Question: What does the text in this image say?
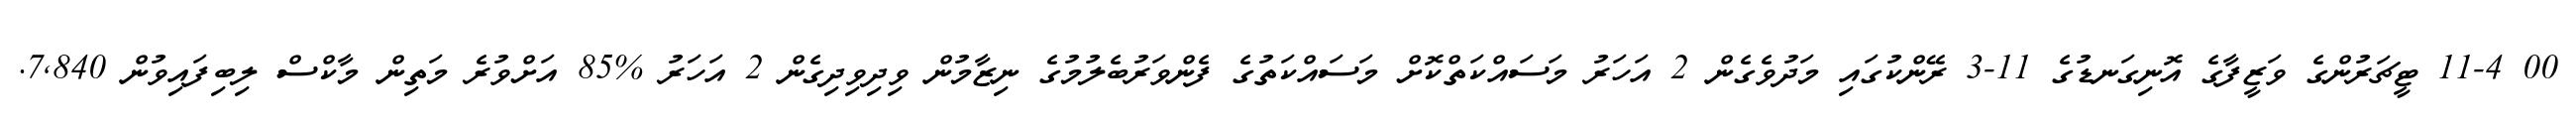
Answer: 00 11-4 ޓީޗަރުންގެ ވަޒީފާގެ އޮނިގަނޑުގެ 11-3 ރޭންކުގައި މަދުވެގެން 2 އަހަރު މަސައްކަތްކޮށް މަސައްކަތުގެ ފެންވަރުބެލުމުގެ ނިޒާމުން ވިދިވިދިގެން 2 އަހަރު %85 އަށްވުރެ މަތިން މާކްސް ލިބިފައިވުން 7,840.